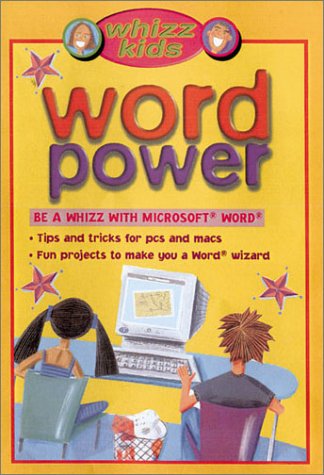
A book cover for Whizz Kids Word Power: Be a Whizz with Microsoft Word; Anne Rooney; Children's Books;